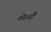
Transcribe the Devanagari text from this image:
मेनची